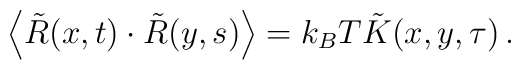
\left\langle \tilde{R}(x,t) \cdot \tilde{R}(y,s) \right\rangle= k_{B}T\tilde{K}(x,y,\tau) \, .